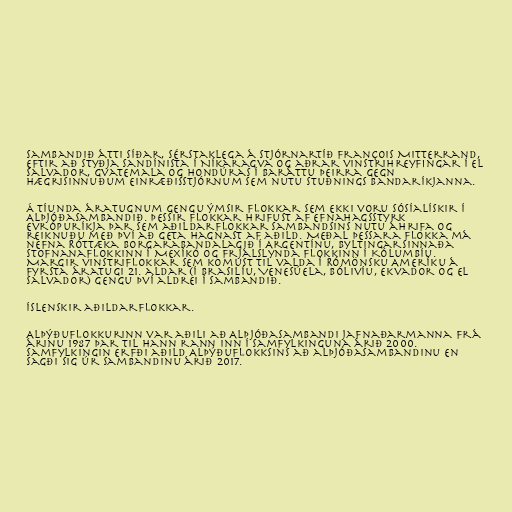
Sambandið átti síðar, sérstaklega á stjórnartíð François Mitterrand,
eftir að styðja sandínista í Níkaragva og aðrar vinstrihreyfingar í El
Salvador, Gvatemala og Hondúras í baráttu þeirra gegn
hægrisinnuðum einræðisstjórnum sem nutu stuðnings Bandaríkjanna.

Á tíunda áratugnum gengu ýmsir flokkar sem ekki voru sósíalískir í
Alþjóðasambandið. Þessir flokkar hrifust af efnahagsstyrk
Evrópuríkja þar sem aðildarflokkar sambandsins nutu áhrifa og
reiknuðu með því að geta hagnast af aðild. Meðal þessara flokka má
nefna Róttæka borgarabandalagið í Argentínu, Byltingarsinnaða
stofnanaflokkinn í Mexíkó og Frjálslynda flokkinn í Kólumbíu.
Margir vinstriflokkar sem komust til valda í Rómönsku Ameríku á
fyrsta áratugi 21. aldar (í Brasilíu, Venesúela, Bólivíu, Ekvador og El
Salvador) gengu því aldrei í sambandið.

Íslenskir aðildarflokkar.

Alþýðuflokkurinn var aðili að Alþjóðasambandi jafnaðarmanna frá
árinu 1987 þar til hann rann inn í Samfylkinguna árið 2000.
Samfylkingin erfði aðild Alþýðuflokksins að alþjóðasambandinu en
sagði sig úr sambandinu árið 2017.